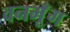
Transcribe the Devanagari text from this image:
वनमूँग